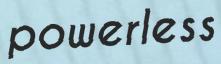
powerless